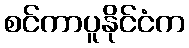
စင်ကာပူနိုင်ငံက